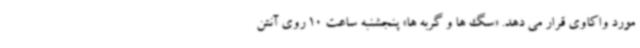
مورد واکاوی قرار می دهد. «سگ ها و گربه ها» پنجشنبه ساعت 10 روی آنتن